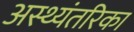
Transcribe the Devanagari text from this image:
अस्थ्यंतरिका